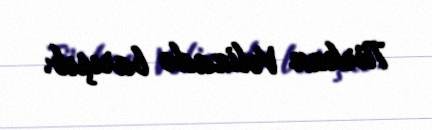
Türkan Vəlizadə barışıb.